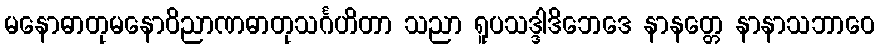
မနောဓာတုမနောဝိညာဏဓာတုသင်္ဂဟိတာ သညာ ရူပသဒ္ဒါဒိဘေဒေ နာနတ္တေ နာနာသဘာဝေ